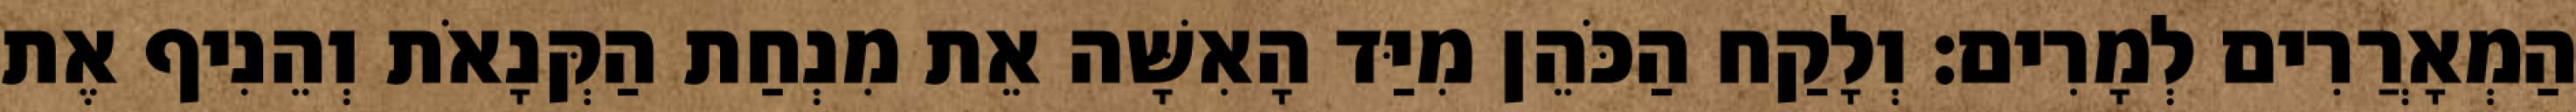
הַמְאָרֲרִים לְמָרִים׃ וְלָקַח הַכֹּהֵן מִיַּד הָאִשָּׁה אֵת מִנְחַת הַקְּנָאֹת וְהֵנִיף אֶת